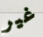
غير